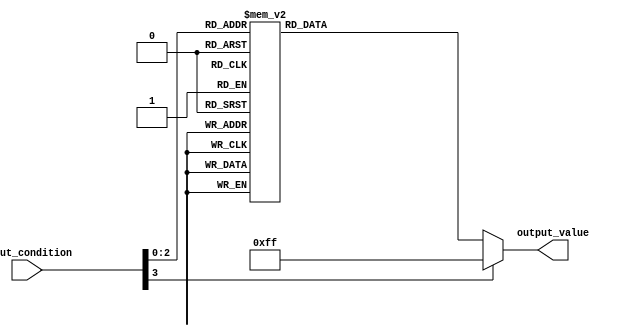
module case_statement_behav (
    input [3:0] input_condition,
    output reg [7:0] output_value
);

always @* begin
    case(input_condition)
        4'b0000: output_value = 8'b00000000;
        4'b0001: output_value = 8'b00000001;
        4'b0010: output_value = 8'b00000010;
        4'b0011: output_value = 8'b00000011;
        4'b0100: output_value = 8'b00000100;
        4'b0101: output_value = 8'b00000101;
        4'b0110: output_value = 8'b00000110;
        4'b0111: output_value = 8'b00000111;
        default: output_value = 8'b11111111;
    endcase
end

endmodule